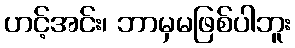
ဟင့်အင်း၊ ဘာမှမဖြစ်ပါဘူး